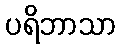
ပရိဘာသာ